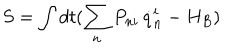
S = \int d t ( \sum _ { n } P _ { n i } \, \dot { q } _ { n } ^ { i } - H _ { B } )